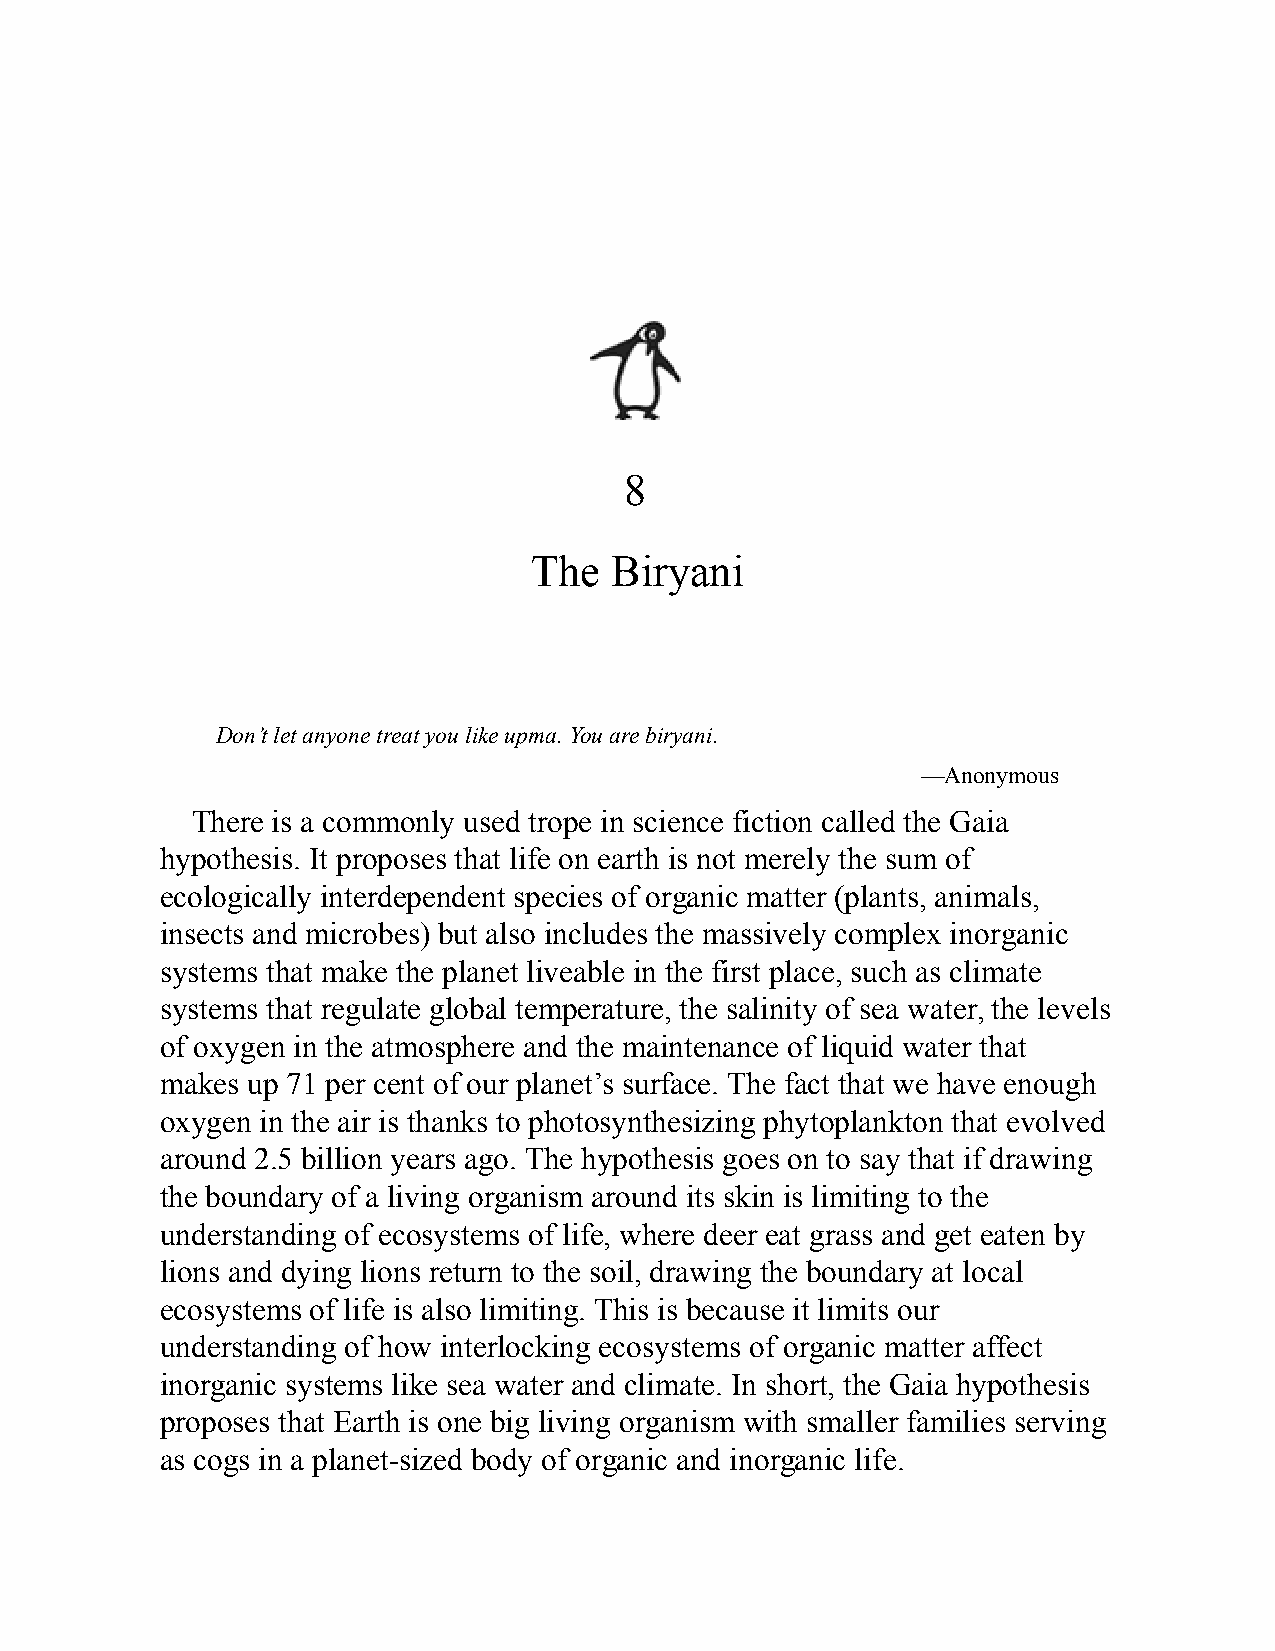
8
 The  Biryani
 Don’t let anyone treat you like upma. You are biryani.
 —Anonymous
 There is a commonly used trope in science fiction called the Gaia
 hypothesis. It proposes that life on earth is not merely the sum of
 ecologically interdependent species of organic matter (plants, animals,
 insects and microbes) but also includes the massively complex inorganic
 systems that make the planet liveable in the first place, such as climate
 systems that regulate global temperature, the salinity of sea water, the levels
 of oxygen in the atmosphere and the maintenance of liquid water that
 makes up 71 per cent of our planet’s surface. The fact that we have enough
 oxygen in the air is thanks to photosynthesizing phytoplankton that evolved
 around 2.5 billion years ago. The hypothesis goes on to say that if drawing
 the boundary of a living organism around its skin is limiting to the
 understanding of ecosystems of life, where deer eat grass and get eaten by
 lions and dying lions return to the soil, drawing the boundary at local
 ecosystems of life is also limiting. This is because it limits our
 understanding of how interlocking ecosystems of organic matter affect
 inorganic systems like sea water and climate. In short, the Gaia hypothesis
 proposes that Earth is one big living organism with smaller families serving
 as cogs in a planet-sized body of organic and inorganic life.